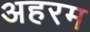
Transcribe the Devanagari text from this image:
अहरम